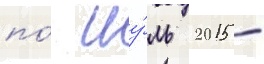
по́ иу́ль 2015 -